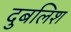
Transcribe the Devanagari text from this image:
दुबलिश